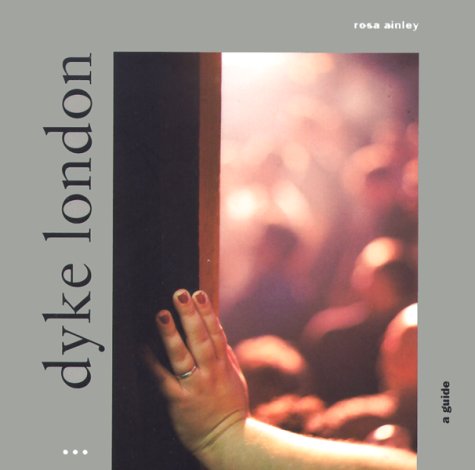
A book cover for Dyke London: A Guide; Rosa Ainley; Gay & Lesbian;